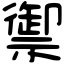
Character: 禦